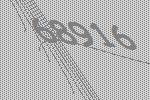
68916